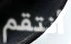
أنتقم